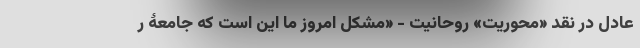
عادل در نقد «محوریتِ» روحانیت - «مشکل امروز ما این است که جامعۀ ر